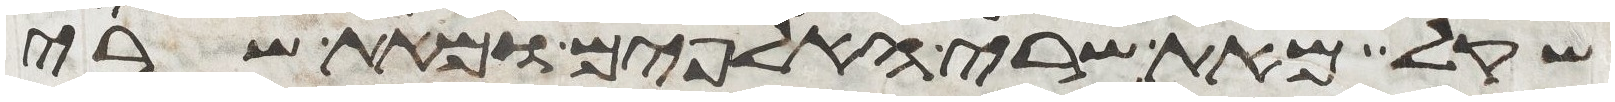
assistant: שקל מאת שרי האלפים ומאת שרי